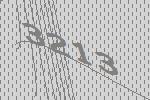
3213